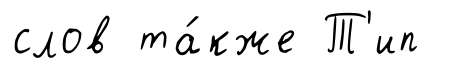
слов та́кже Т'ип